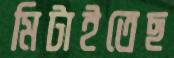
মিটাইতেছ